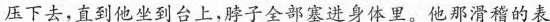
压下去，直到他坐到台上，脖子全部塞进身体里。他那滑稽的表